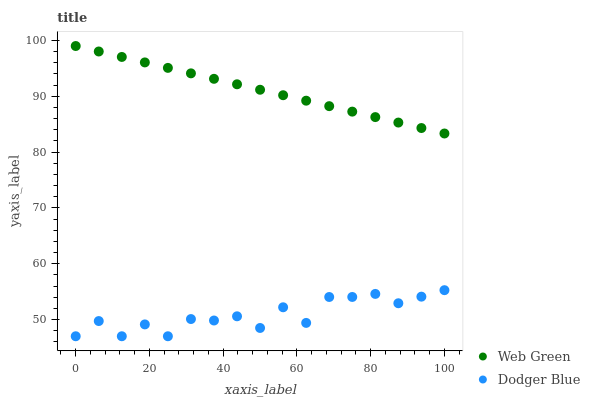
| xaxis_label | Web Green | Dodger Blue |
 | --- | --- | --- |
 | 0 | 99 | 47 |
 | 6.25 | 98 | 49.7 |
 | 12.5 | 97 | 47 |
 | 18.8 | 96.1 | 49.1 |
 | 25 | 95.1 | 47 |
 | 31.2 | 94.1 | 50.1 |
 | 37.5 | 93.1 | 49.8 |
 | 43.8 | 92.1 | 50.6 |
 | 50 | 91.2 | 48.5 |
 | 56.2 | 90.2 | 52.2 |
 | 62.5 | 89.2 | 49.4 |
 | 68.8 | 88.2 | 54 |
 | 75 | 87.2 | 54 |
 | 81.2 | 86.3 | 54.6 |
 | 87.5 | 85.3 | 52.9 |
 | 93.8 | 84.3 | 54.1 |
 | 100 | 83.3 | 55.3 |